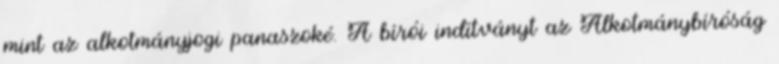
mint az alkotmányjogi panaszoké. A bírói indítványt az Alkotmánybíróság